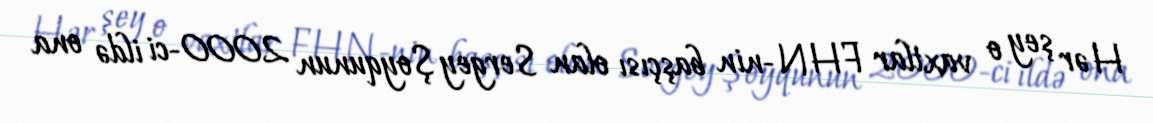
Hər şey o vaxtlar FHN-nin başçısı olan Sergey Şoyqunun 2000-ci ildə ona